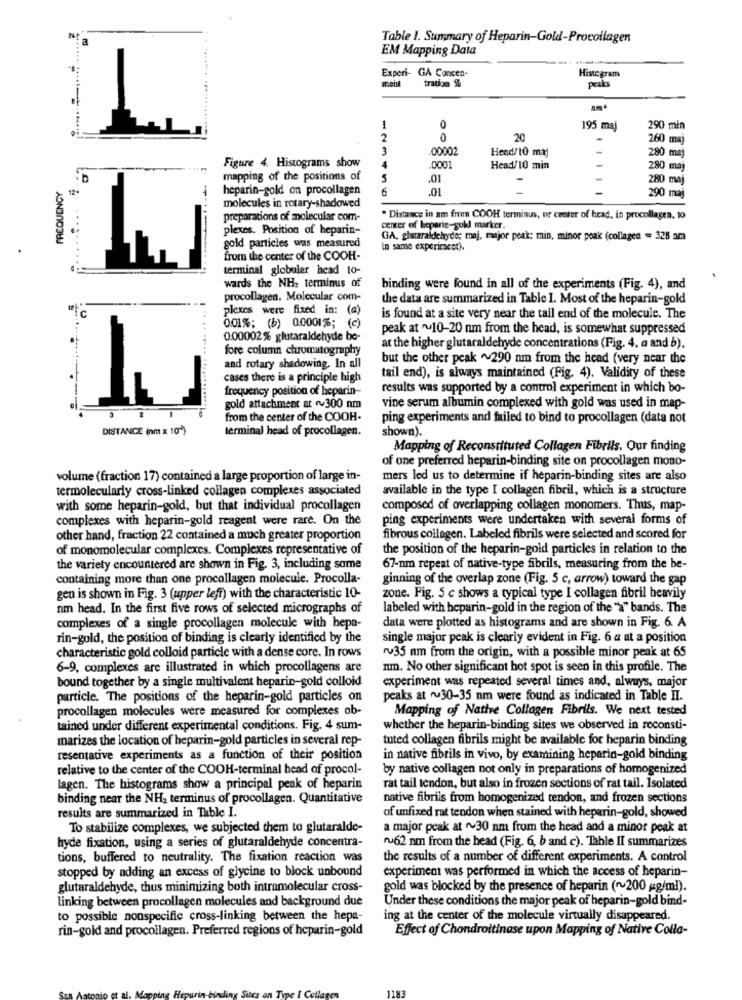
N
a
Table 1. Summary of Heparin-Gold-Procollagen
EM Mapping Data
....
Experi- GA Concen-
Histegram
tradon %
peaks
mobil
.....
1
0
195 maj
290 min
2
0
20
260 maj
3
.00002
Head/10 maj
280 maj
Figure 4. Histograms show
4
.0001
Head/10 min
280 maj
FREQUENCY
mapping of the positions of
5
.01
280 maj
12-
heparin-gold on procollagen
6
.01
molecules in rotary-shadowed
290 maj
preparations of molecular com-
Distance in am free COOH terminus, or center of head, in procollagen. 10
plexes. Position of heparin-
center of heparis-guld marker.
GA, ghaaraldehyde; maj, major peak: min, minor peak (collagen = 328 am
gold particles was measured
in same experiment).
from the center of the COOH-
terminal globular head to-
wards the NH, terminus of
binding were found in all of the experiments (Fig. 4), and
procollagen. Molecular com-
the data are summarized in Table 1. Most of the heparin-gold
plexes were fixed in: (a)
is found at a site very near the tail end of the molecule. The
0.01%; (b) 0.0001%; (c)
peak at ~10-20 nm from the head, is somewhat suppressed
0:00002% glutaraldehyde be-
fore column chromatography
at the higher glutaraldehyde concentrations (Fig. 4, a and b),
but the other peak ~290 nm from the head (very near the
and rotary shadowing. In all
cases there is a principle high
tail end), is always maintained (Fig. 4). Validity of these
frequency position of heparin-
results was supported by a control experiment in which bo-
gold attachment at 300 nm
vine serum albumin complexed with gold was used in map-
from the center of the COOH-
ping experiments and failed to bind to procollagen (data not
DISTANCE (nm x 10 )
terminal head of procollagen.
shown).
Mapping of Reconstituted Collagen Fibrils. Our finding
of one preferred heparin-binding site on procollagen mono-
volume (fraction 17) contained a large proportion of large in-
mers led us to determine if heparin-binding sites are also
termolecularly cross-linked collagen complexes associated
available in the type I collagen fibril, which is a structure
with some heparin-gold, but that individual procollagen
composed of overlapping collagen monomers. Thus, map-
complexes with heparin-gold reagent were rare. On the
ping experiments were undertaken with several forms of
other hand, fraction 22 contained a much greater proportion
fibrous collagen. Labeled fibrils were selected and scored for
of monomolecular complexes. Complexes representative of
the position of the heparin-gold particles in relation to the
the variety encountered are shown in Fig. 3, including some
67-nm repeat of native-type fibrils, measuring from the be-
containing more than one procollagen molecule. Procolla-
ginning of the overlap zone (Fig. 5 c, arrow) toward the gap
gen is shown in Fig. 3 (upper left) with the characteristic 10-
zone. Fig. 5 c shows a typical type I collagen fibril heavily
nm head. In the first five rows of selected micrographs of
labeled with heparin-gold in the region of the "a" bands. The
data were plotted as histograms and are shown in Fig. 6. A
complexes of a single procollagen molecule with hepa-
rin-gold, the position of binding is clearly identified by the
single major peak is clearly evident in Fig. 6 a at a position
characteristic gold colloid particle with a dense core. In rows
ru35 nm from the origin, with a possible minor peak at 65
6-9, complexes are illustrated in which procollagens are
nm. No other significant hot spot is seen in this profile. The
bound together by a single multivalent heparin-gold colloid
experiment was repeated several times and, always, major
particle. The positions of the heparin-gold particles on
peaks at 30-35 nm were found as indicated in Table II.
procollagen molecules were measured for complexes ob-
Mapping of Natte Collagen Fibrils. We next tested
tained under different experimental conditions. Fig. 4 sum-
whether the heparin-binding sites we observed in roconsti-
marizes the location of heparin-gold particles in several rep-
tuted collagen fibrils might be available for heparin binding
resentative experiments as a function of their position
in native fibrils in vivo, by examining heparin-gold binding
relative to the center of the COOH-terminal head of procol-
by native collagen not only in preparations of homogenized
lagen. The histograms show a principal peak of heparin
rat tail tendon, but also in frozen sections of rat tail. Isolated
binding near the NH2 terminus of procollagen. Quantitative
native fibrils from homogenized tendon, and frozen sections
results are summarized in Table I.
of unfixed rat tendon when stained with heparin-gold, showed
To stabilize complexes, we subjected them to glutaralde-
a major peak at ~30 nm from the head and a minor peak at
hyde fixation, using a series of glutaraldehyde concentra-
nu62 nm from the head (Fig. 6, b and c). Table II summarizes
tions, buffered to neutrality. The fixation reaction was
the results of a number of different experiments. A control
stopped by adding an excess of glycine to block unbound
experiment was performed in which the access of heparin-
glutaraldehyde, thus minimizing both intramolecular cross-
gold was blocked by the presence of heparin ( ~~ 200 g/ml).
linking between procollagen molecules and background due
Under these conditions the major peak of heparin-gold bind-
to possible nonspecific cross-linking between the hepa-
ing at the center of the molecule virtually disappeared.
rin-gold and procollagen. Preferred regions of heparin-gold
Effect of Chondroitinase upon Mapping of Native Colla-
ERTI